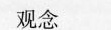
观念